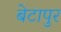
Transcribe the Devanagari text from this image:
बेटापुर